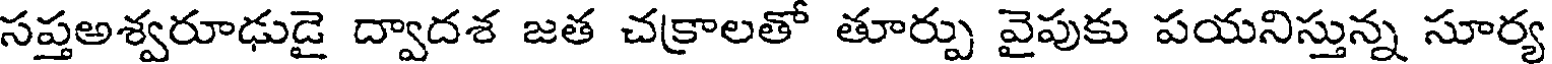
సప్తఅశ్వరూఢుడై ద్వాదశ జత చక్రాలతో తూర్పు వైపుకు పయనిస్తున్న సూర్య